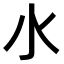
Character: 𣱱